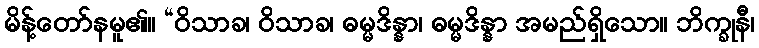
မိန့်တော်နမူ၏။ “ဝိသာခ၊ ဝိသာခ၊ ဓမ္မဒိန္နာ၊ ဓမ္မဒိန္နာ အမည်ရှိသော။ ဘိက္ခုနီ၊